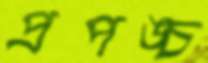
প্রপঙ্চ